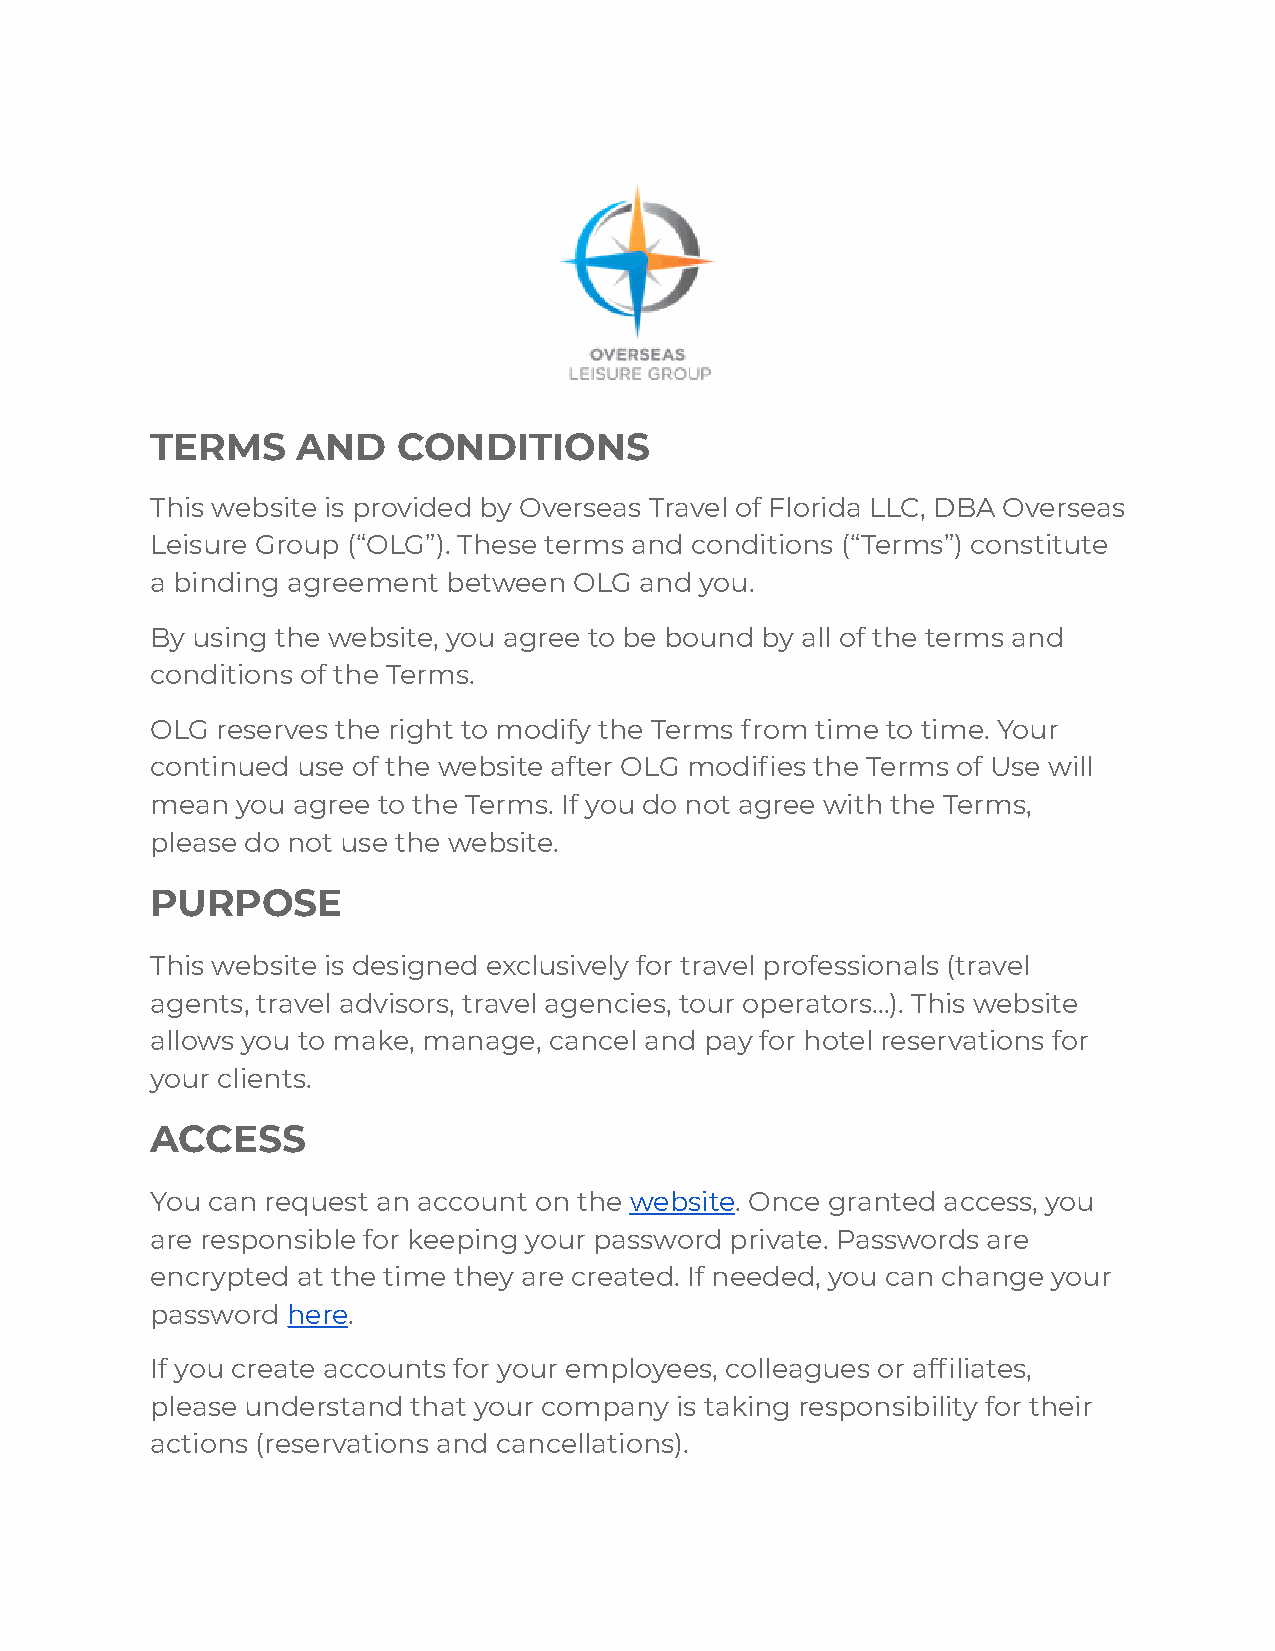
TERMS     AND   CONDITIONS
 This website is provided by Overseas Travel of Florida LLC, DBA Overseas
 Leisure Group (“OLG”). These terms and conditions (“Terms”) constitute
 a binding agreement between OLG and you.
 By using the website, you agree to be bound by all of the terms and
 conditions of the Terms.
 OLG reserves the right to modify the Terms from time to time. Your
 continued use of the website after OLG modifies the Terms of Use will
 mean  you agree to the Terms. If you do not agree with the Terms,
 please do not use the website.
 PURPOSE
 This website is designed exclusively for travel professionals (travel
 agents, travel advisors, travel agencies, tour operators…). This website
 allows you to make, manage, cancel and pay for hotel reservations for
 your clients.
 ACCESS
 You can request an account on the website. Once granted access, you
 are responsible for keeping your password private. Passwords are
 encrypted at the time they are created. If needed, you can change your
 password here.
 If you create accounts for your employees, colleagues or affiliates,
 please understand that your company is taking responsibility for their
 actions (reservations and cancellations).